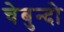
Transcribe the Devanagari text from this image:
चेबुन्दो